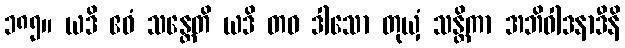
၁၈၅။ ယဒိ ဧဝံ သန္တေတိ ယဒိ တဝ ဒါသော တုယှံ သန္တိကာ အဘိဝါဒနာဒီနိ